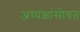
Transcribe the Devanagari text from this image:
अध्यक्षांसोबत